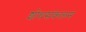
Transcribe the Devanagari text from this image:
शोधसंकलन